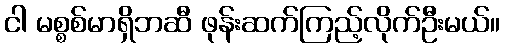
ငါ မစ္စစ်မာရှိဘဆီ ဖုန်းဆက်ကြည့်လိုက်ဦးမယ်။